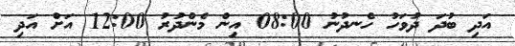
އަދި ބުދަ ދުވަހު ހެނދުނު 08:00 އިން މެންދުރު 12:00 އަށް އަދި